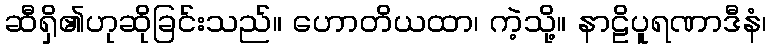
ဆီရှိ၏ဟုဆိုခြင်းသည်။ ဟောတိယထာ၊ ကဲ့သို့။ နာဠိပူရဏာဒီနံ၊